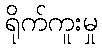
ရိုက်ကူးမှု